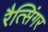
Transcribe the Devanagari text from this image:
रैत्सिंगर